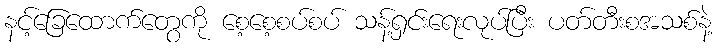
နင့်ခြေထောက်တွေကို စေ့စေ့စပ်စပ် သန့်ရှင်းရေးလုပ်ပြီး ပတ်တီးစအသစ်နဲ့